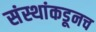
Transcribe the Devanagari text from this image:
संस्थांकडूनच